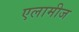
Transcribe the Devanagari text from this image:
एलामीज